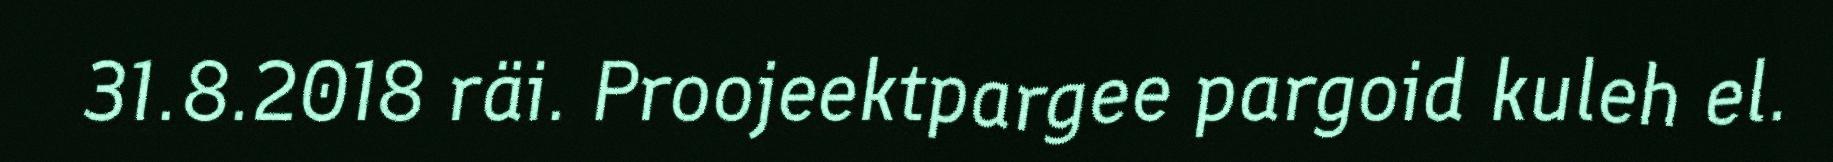
31.8.2018 räi. Proojeektpargee pargoid kuleh el.